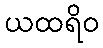
ယထရိဝ